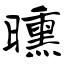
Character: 曛